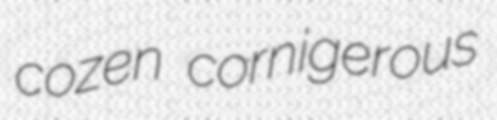
cozen cornigerous